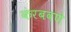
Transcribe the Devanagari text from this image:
कंरबवणे